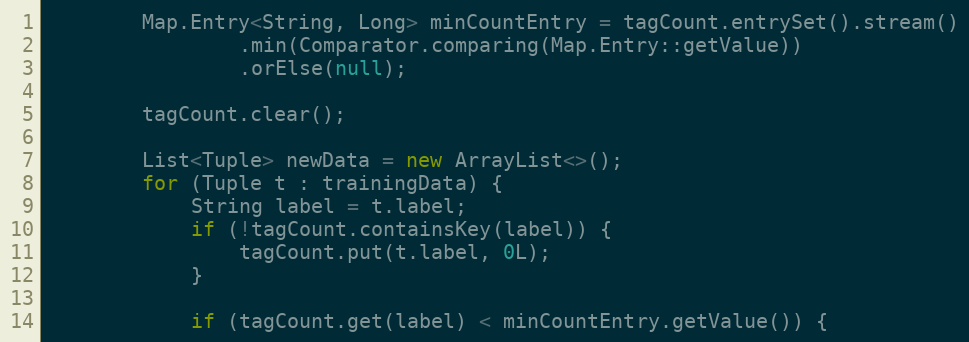
Language: Java
        Map.Entry<String, Long> minCountEntry = tagCount.entrySet().stream()
                .min(Comparator.comparing(Map.Entry::getValue))
                .orElse(null);

        tagCount.clear();

        List<Tuple> newData = new ArrayList<>();
        for (Tuple t : trainingData) {
            String label = t.label;
            if (!tagCount.containsKey(label)) {
                tagCount.put(t.label, 0L);
            }

            if (tagCount.get(label) < minCountEntry.getValue()) {